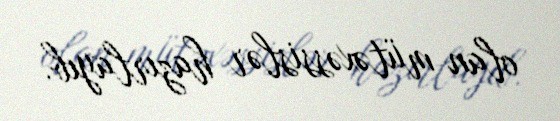
olan mütəxəssislər hazırlayıb.